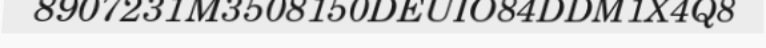
8907231M3508150DEUIO84DDM1X4Q8